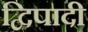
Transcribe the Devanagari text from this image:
द्विपादी